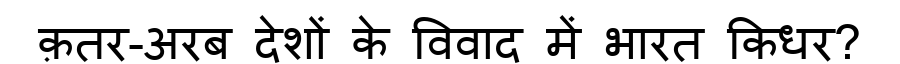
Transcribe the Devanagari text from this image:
क़तर-अरब देशों के विवाद में भारत किधर?